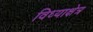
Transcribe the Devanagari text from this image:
विध्याक्षेत्र